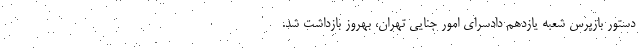
دستور بازپرس شعبه یازدهم دادسرای امور جنایی تهران، بهروز بازداشت شد.